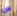
س